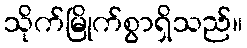
သိုက်မြိုက်စွာရှိသည်။